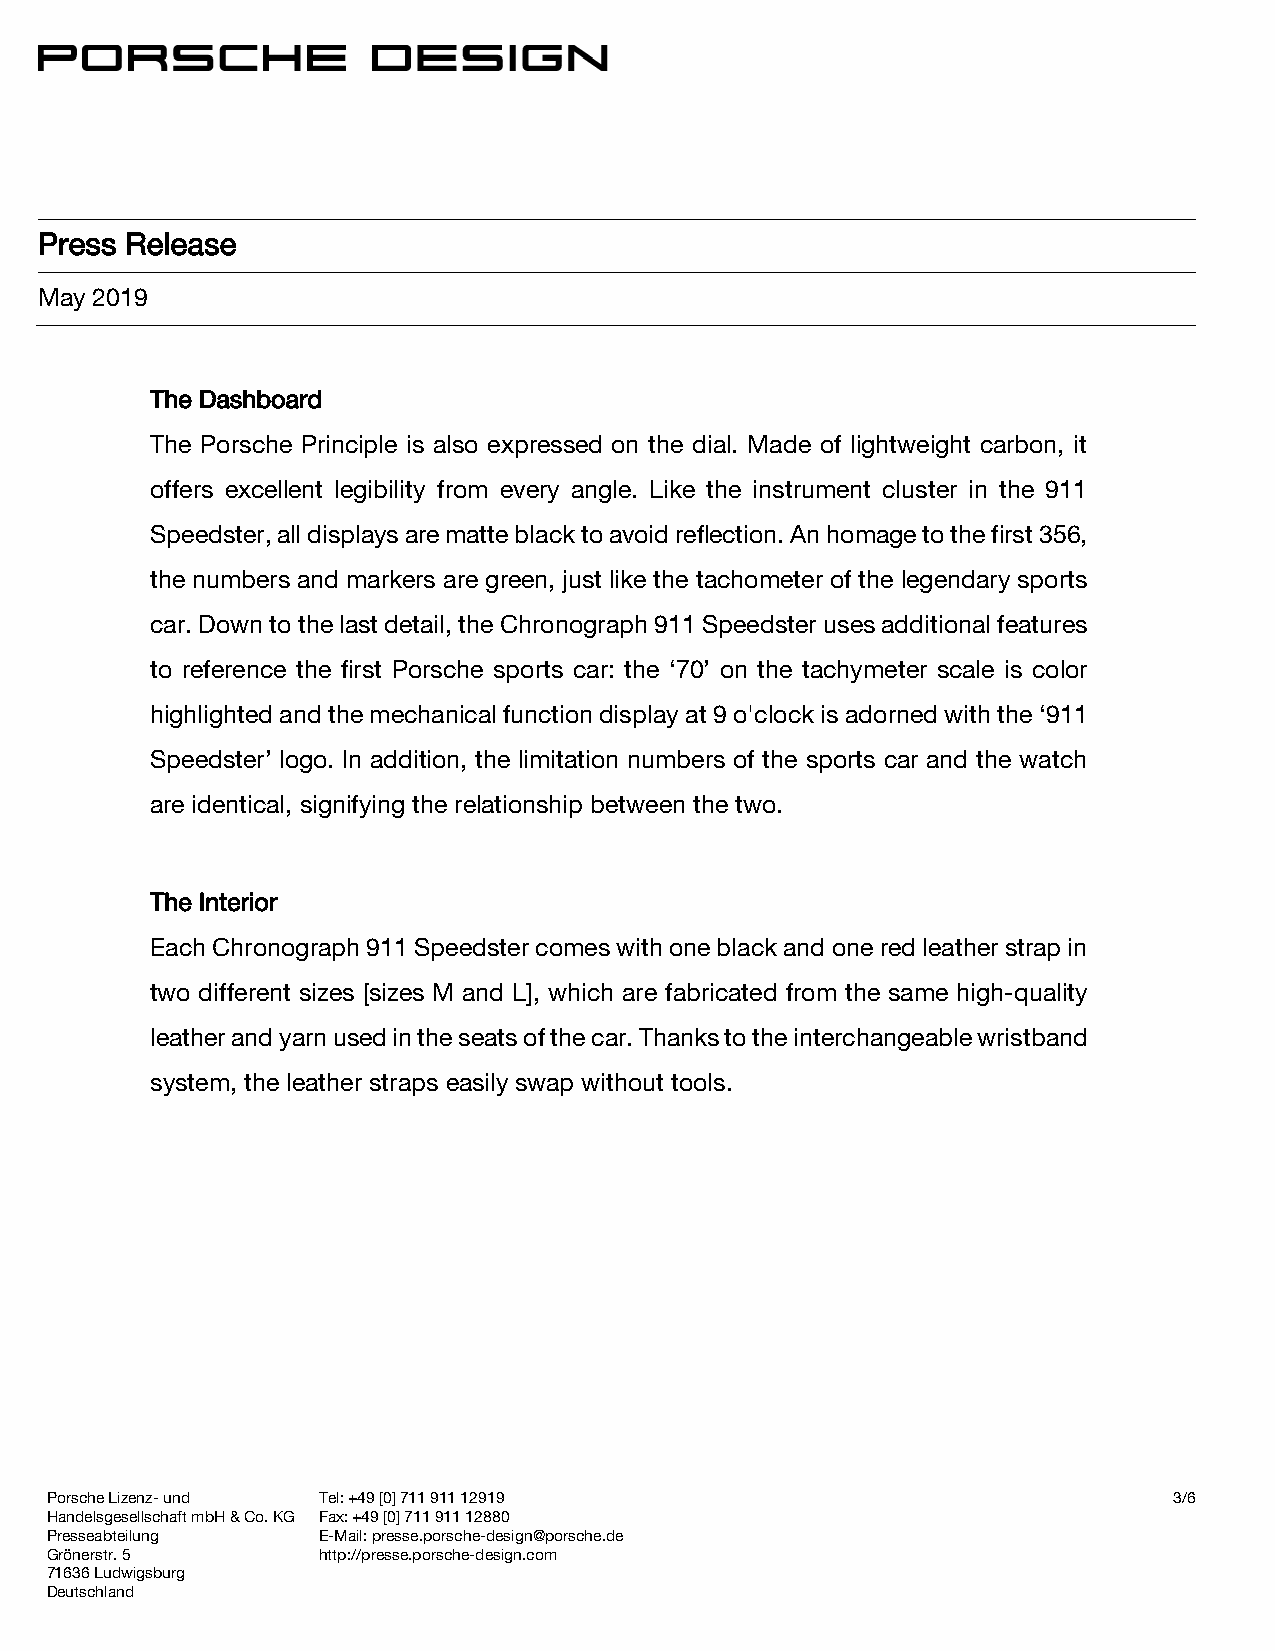
Press Release
 May 2019
 The Dashboard
 The Porsche Principle is also expressed on the dial. Made of lightweight carbon, it
 offers excellent legibility from every angle. Like the instrument cluster in the 911
 Speedster, all displays are matte black to avoid reflection. An homage to the first 356,
 the numbers and markers are green, just like the tachometer of the legendary sports
 car. Down to the last detail, the Chronograph 911 Speedster uses additional features
 to reference the first Porsche sports car: the ‘70’ on the tachymeter scale is color
 highlighted and the mechanical function display at 9 o'clock is adorned with the ‘911
 Speedster’ logo. In addition, the limitation numbers of the sports car and the watch
 are identical, signifying the relationship between the two.
 The Interior
 Each Chronograph 911 Speedster comes with one black and one red leather strap in
 two different sizes [sizes M and L], which are fabricated from the same high-quality
 leather and yarn used in the seats of the car. Thanks to the interchangeable wristband
 system, the leather straps easily swap without tools.
 Porsche Lizenz- und Tel: +49 [0] 711 911 12919                             3/6
 Handelsgesellschaft mbH & Co. KG Fax: +49 [0] 711 911 12880
 Presseabteilung   E-Mail: presse.porsche-design@porsche.de
 Grönerstr. 5      http://presse.porsche-design.com
 71636 Ludwigsburg
 Deutschland